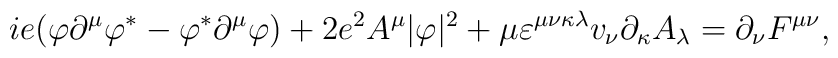
ie(\varphi \partial ^{\mu }\varphi ^{\ast }-\varphi ^{\ast }\partial ^{\mu}\varphi )+2e^{2}A^{\mu }|\varphi |^{2}+\mu \varepsilon ^{\mu \nu \kappa\lambda }v_{\nu }\partial _{\kappa }A_{\lambda }=\partial _{\nu }F^{\mu \nu},